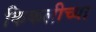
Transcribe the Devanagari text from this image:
किकलीच्या